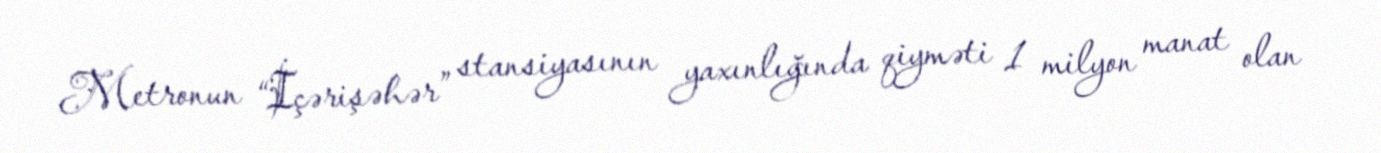
Metronun “İçərişəhər” stansiyasının yaxınlığında qiyməti 1 milyon manat olan